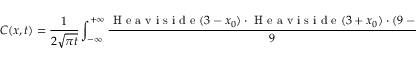
C ( x , t ) = \frac { 1 } { 2 \sqrt { \pi t } } \int _ { - \infty } ^ { + \infty } \frac { \mathrm { ~ H ~ e ~ a ~ v ~ i ~ s ~ i ~ d ~ e ~ } ( 3 - x _ { 0 } ) \cdot \mathrm { ~ H ~ e ~ a ~ v ~ i ~ s ~ i ~ d ~ e ~ } ( 3 + x _ { 0 } ) \cdot ( 9 - x _ { 0 } ^ { 2 } ) } { 9 } \cdot e ^ { \frac { ( x - x _ { 0 } ) ^ { 2 } } { 4 D t } } d x _ { 0 } .